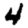
Digit: 4